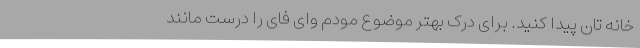
خانه تان پیدا کنید. برای درک بهتر موضوع مودم وای فای را درست مانند